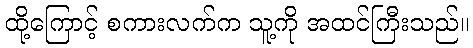
ထို့ကြောင့် စကားလက်က သူ့ကို အထင်ကြီးသည်။